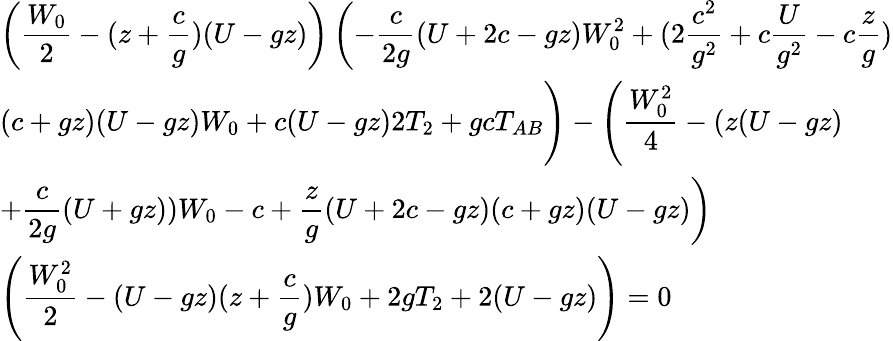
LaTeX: \begin{array}{l}{{{\displaystyle\left({\frac{W_{0}}{2}}-(z+{\frac{c}{g}})(U-gz)\right)\left(-{\frac{c}{2g}}(U+2c-gz)W_{0}^{2}+(2{\frac{c^{2}}{g^{2}}}+c{\frac{U}{g^{2}}}-c{\frac{z}{g}})\right.}}}\\ {{{\displaystyle(c+gz)(U-gz)W_{0}+c(U-gz)2T_{2}+gcT_{AB}\Bigg)-\left({\frac{W_{0}^{2}}{4}}-(z(U-gz)\right.}}}\\ {{{\displaystyle\left.+{\frac{c}{2g}}(U+gz))W_{0}-c+{\frac{z}{g}}(U+2c-gz)(c+gz)(U-gz)\right)}}}\\ {{{\displaystyle\left({\frac{W_{0}^{2}}{2}}-(U-gz)(z+{\frac{c}{g}})W_{0}+2gT_{2}+2(U-gz)\right)=0}}}\end{array}